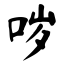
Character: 哕